Indian journal of veterinary science and animal husbandry - Volume 2,
Year: 1932
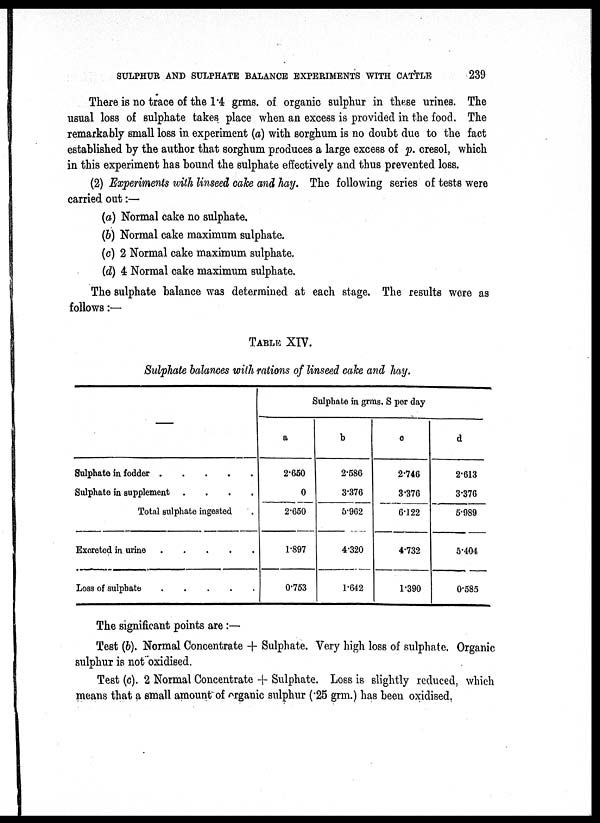
SULPHUR AND SULPHATE BALANCE EXPERIMENTS WITH CATTLE
239
There is no trace of the 1.4 grms. of organic sulphur in these urines. The
usual loss of sulphate takes place when an excess is provided in the food. The
remarkably small loss in experiment (a) with sorghum is no doubt due to the fact
established by the author that sorghum produces a large excess of p. cresol, which
in this experiment has bound the sulphate effectively and thus prevented loss.
(2) Experiments with linseed cake and hay. The following series of tests were
carried out :—
(a) Normal cake no sulphate.
(b) Normal cake maximum sulphate.
(c) 2 Normal cake maximum sulphate.
(d) 4 Normal cake maximum sulphate.
The sulphate balance was determined at each stage. The results were as
follows :—
TABLE XIV.
Sulphate balances with rations of linseed cake and hay.
—
Sulphate in fodder
Sulphate in supplement
....
Total sulphate ingested .
Excreted in urine
Loss of sulphate
Sulphate in grms. S per day
a
2.650
0
2.650
1.897
0.753
b
2.586
3.376
5.962
4.320
1.642
c
2.746
3.376
6.122
4.732
1.390
d
2.613
3.376
5.989
5.404
0.585
The significant points are :—
Test (b). Normal Concentrate + Sulphate. Very high loss of sulphate. Organic
sulphur is not oxidised.
Test (c). 2 Normal Concentrate + Sulphate. Loss is slightly reduced, which
means that a small amount of organic sulphur (.25 grm.) has been oxidised.